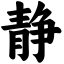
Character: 静